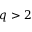
q > 2